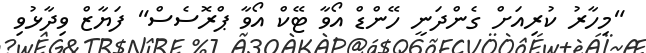
"މިހާރު ކުރިއަށް ގެންދަނީ ހޭންޑް އޯވާ ޓޭކް އޯވާ ޕްރޮސެސް" ފަޔާޒް ވިދާޅުވި